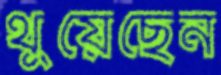
থুয়েছেন